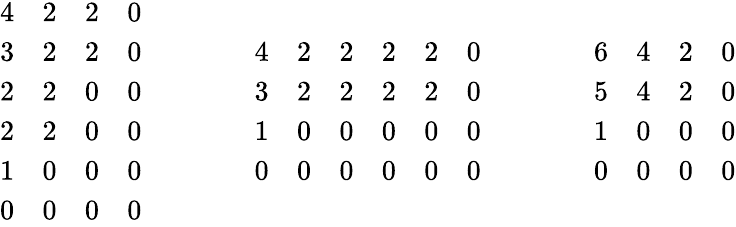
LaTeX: \begin{array}{r}{\begin{array}{cccc}{4}&{2}&{2}&{0}\\ {3}&{2}&{2}&{0}\\ {2}&{2}&{0}&{0}\\ {2}&{2}&{0}&{0}\\ {1}&{0}&{0}&{0}\\ {0}&{0}&{0}&{0}\end{array}\qquad\qquad\begin{array}{cccccc}{4}&{2}&{2}&{2}&{2}&{0}\\ {3}&{2}&{2}&{2}&{2}&{0}\\ {1}&{0}&{0}&{0}&{0}&{0}\\ {0}&{0}&{0}&{0}&{0}&{0}\end{array}\qquad\qquad\begin{array}{cccc}{6}&{4}&{2}&{0}\\ {5}&{4}&{2}&{0}\\ {1}&{0}&{0}&{0}\\ {0}&{0}&{0}&{0}\end{array}}\end{array}